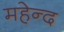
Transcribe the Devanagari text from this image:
महेन्द